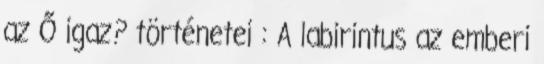
az Ő igaz? történetei : A labirintus az emberi